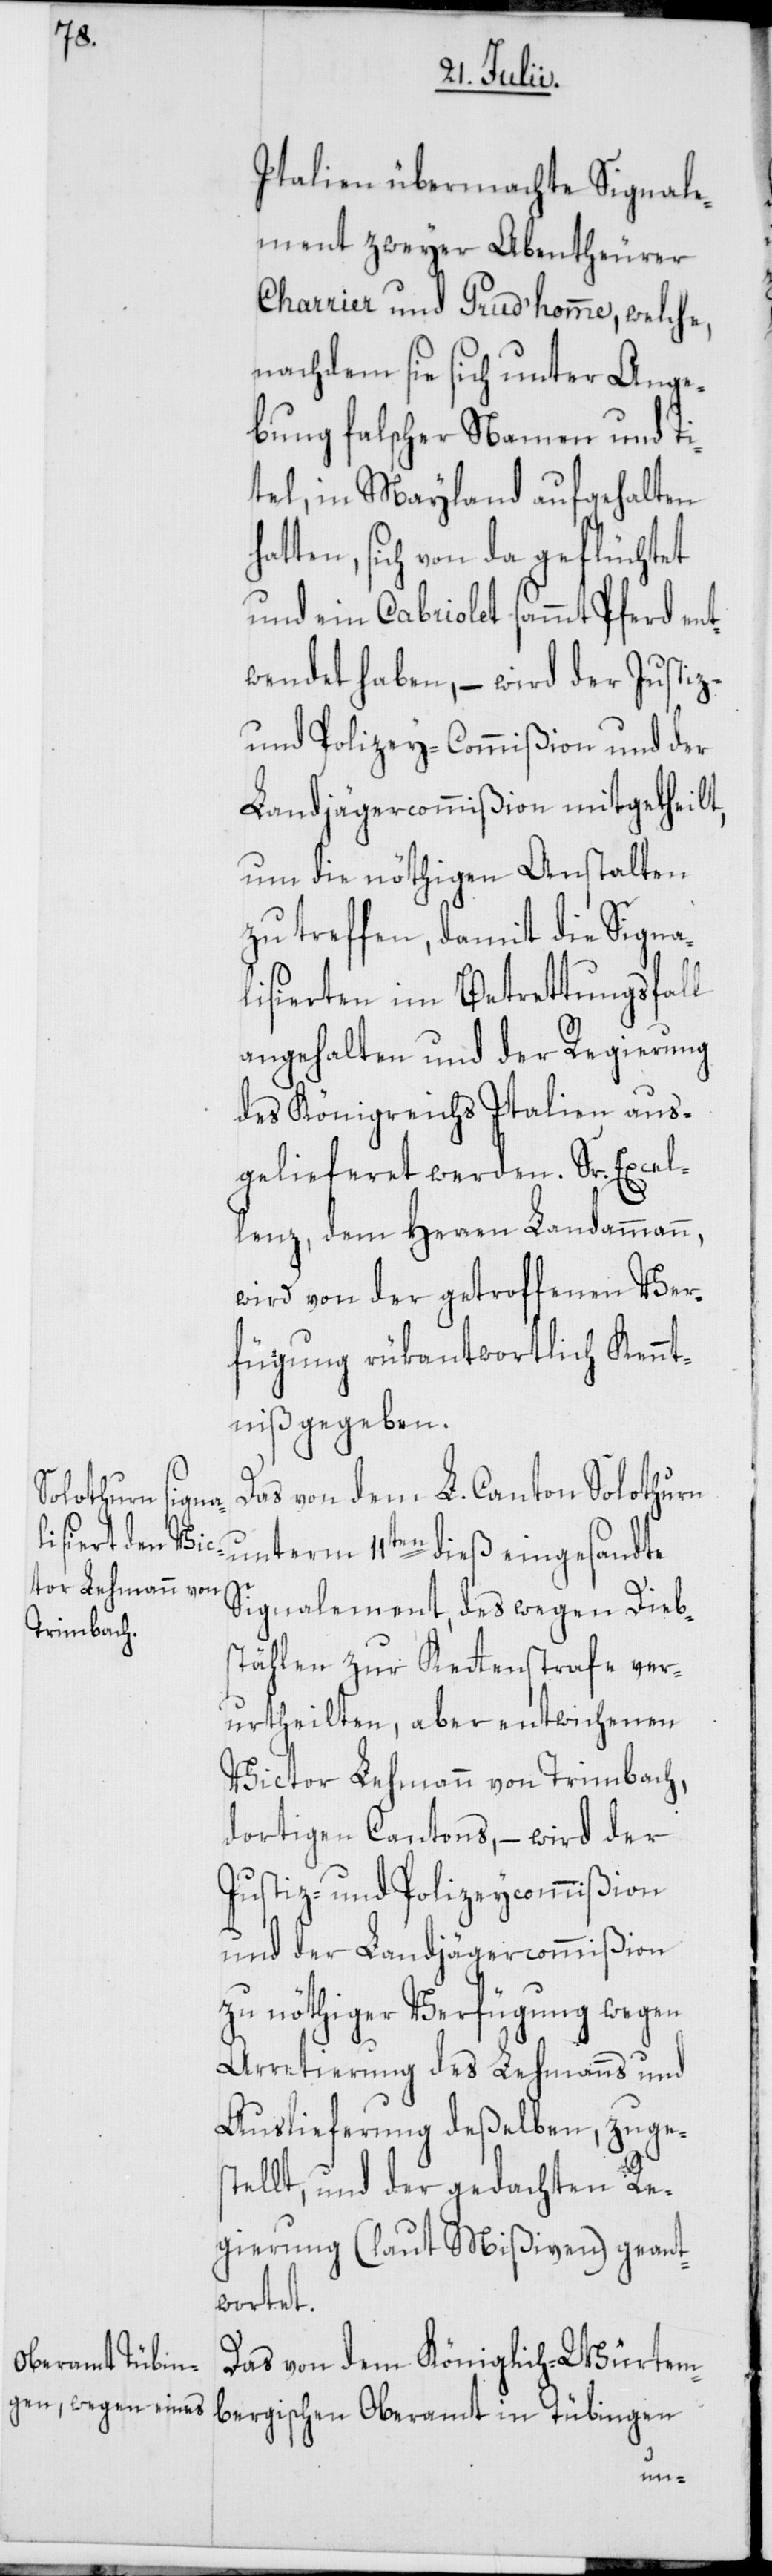
Italien übermachte Signale¬
ment zweyer Abentheurer
Charrier und Prud’homme, welche,
nachdem sie sich unter Ange¬
bung falscher Namen und Ti¬
tel, in Mayland aufgehalten
atten, sich von da geflüchtet
und ein Cabriolet sammt Pferd ent¬
wendet haben, – wird der Justiz-
und Polizey-Commißion und der
Landjägercommißion mitgetheilt,
um die nöthigen Anstalten
zu treffen, damit die Signa¬
lisierten im Betrettungsfall
angehalten und der Regierung
des Königreichs Italien aus¬
gelieferet werden. Sr. Excel¬
lenz, dem Herren Landammann,
wird von der getroffenen Ver¬
fügung rükantwortlich Kennt¬
niß gegeben.
Das von dem L. Canton Solothurn
bergischen
unterm 11ten dieß eingesandte
Signalement, des wegen Diebs¬
tählen zur Kettenstrafe ver¬
urtheilten, aber entwichenen
Victor Lehmann von Trimbach,
dortigen Cantons, – wird der
Justiz- und Polizeycommißion
und der Landjägercommißion
zu nöthiger Verfügung wegen
Arretierung des Lehmanns und
Auslieferung deßelben, zuges¬
tellt, und der gedachten Re¬
gierung (laut Mißiven) geant¬
wortet.
Das von dem Königlich-Würtem¬
Oberamt in
h¬